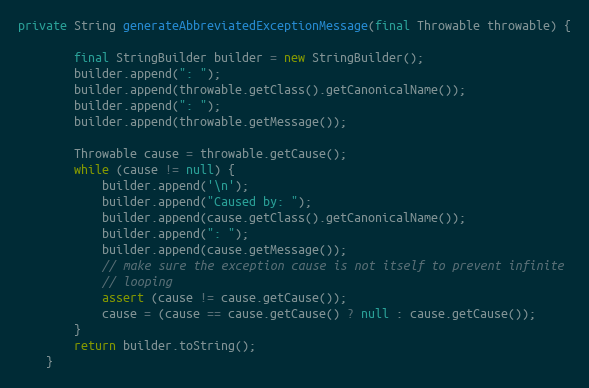
Language: Java
private String generateAbbreviatedExceptionMessage(final Throwable throwable) {

		final StringBuilder builder = new StringBuilder();
		builder.append(": ");
		builder.append(throwable.getClass().getCanonicalName());
		builder.append(": ");
		builder.append(throwable.getMessage());

		Throwable cause = throwable.getCause();
		while (cause != null) {
			builder.append('\n');
			builder.append("Caused by: ");
			builder.append(cause.getClass().getCanonicalName());
			builder.append(": ");
			builder.append(cause.getMessage());
			// make sure the exception cause is not itself to prevent infinite
			// looping
			assert (cause != cause.getCause());
			cause = (cause == cause.getCause() ? null : cause.getCause());
		}
		return builder.toString();
	}